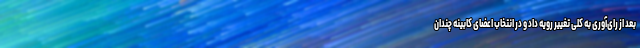
بعد از رای‌آوری به کلی تغییر رویه داد و در انتخاب اعضای کابینه چندان